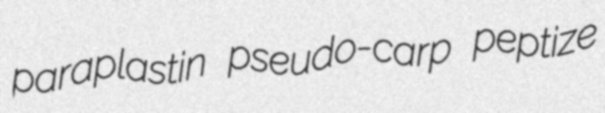
paraplastin pseudo-carp peptize